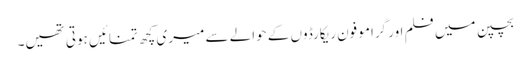
بچپن میں فلم اور گرامو فون ریکارڈوں کے حوالے سے میری کچھ تمنائیں ہوتی تھیں۔